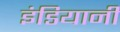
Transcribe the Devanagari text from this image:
इंडियानी